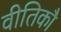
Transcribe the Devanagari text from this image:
वीतिकौ